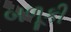
બળૂકી